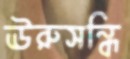
ঊরুসন্ধি